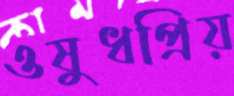
ওষুধপ্রিয়